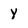
Character: y